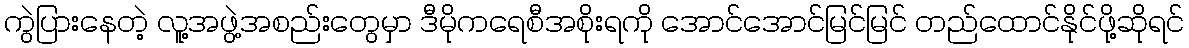
ကွဲပြားနေတဲ့ လူ့အဖွဲ့အစည်းတွေမှာ ဒီမိုကရေစီအစိုးရကို အောင်အောင်မြင်မြင် တည်ထောင်နိုင်ဖို့ဆိုရင်